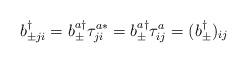
LaTeX: \begin{align*}b_{\pm ji}^{\dagger} =b_{\pm}^{a\dagger}\tau^{a*}_{ji}=b_{\pm}^{a\dagger}\tau^a_{ij} =(b_{\pm}^{\dagger})_{ij}\end{align*}